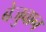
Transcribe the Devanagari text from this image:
बेजुबान